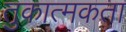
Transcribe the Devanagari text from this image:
तुकात्मकता